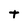
Character: t